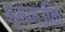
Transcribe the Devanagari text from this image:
ह्मणउनि